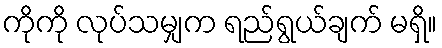
ကိုကို လုပ်သမျှက ရည်ရွယ်ချက် မရှိ။